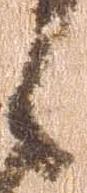
々